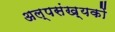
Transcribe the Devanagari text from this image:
अल्पसंख़्यकों